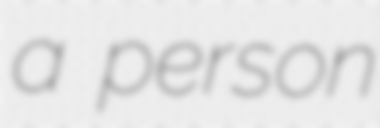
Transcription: a person